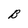
Character: B